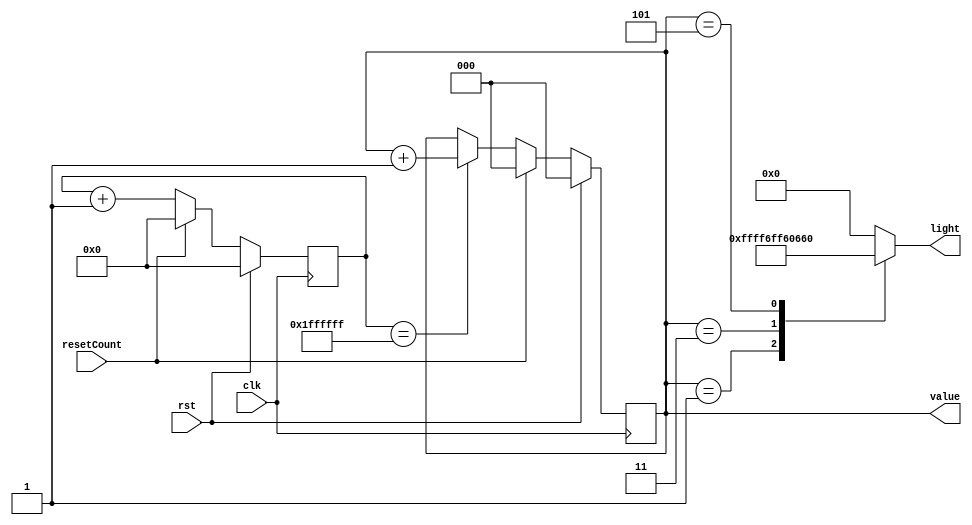
/*
   This file was generated automatically by the Mojo IDE version B1.3.6.
   Do not edit this file directly. Instead edit the original Lucid source.
   This is a temporary file and any changes made to it will be destroyed.
*/

module delayCount_6 (
    input clk,
    input rst,
    input resetCount,
    output reg [2:0] value,
    output reg [15:0] light
  );
  
  
  
  reg [24:0] M_flip_d, M_flip_q = 1'h0;
  reg [2:0] M_count_d, M_count_q = 1'h0;
  
  always @* begin
    M_count_d = M_count_q;
    M_flip_d = M_flip_q;
    
    M_flip_d = M_flip_q + 1'h1;
    value = M_count_q;
    
    case (M_count_q)
      3'h0: begin
        light = 16'h0000;
      end
      3'h1: begin
        light = 16'hffff;
      end
      3'h2: begin
        light = 16'h0000;
      end
      3'h3: begin
        light = 16'h6ff6;
      end
      3'h4: begin
        light = 16'h0000;
      end
      3'h5: begin
        light = 16'h0660;
      end
      default: begin
        light = 16'h0000;
      end
    endcase
    if (resetCount) begin
      M_flip_d = 1'h0;
      M_count_d = 1'h0;
    end else begin
      if (M_flip_q == 25'h1ffffff) begin
        M_count_d = M_count_q + 1'h1;
      end
    end
  end
  
  always @(posedge clk) begin
    if (rst == 1'b1) begin
      M_flip_q <= 1'h0;
      M_count_q <= 1'h0;
    end else begin
      M_flip_q <= M_flip_d;
      M_count_q <= M_count_d;
    end
  end
  
endmodule